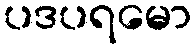
ပဒပရမော